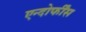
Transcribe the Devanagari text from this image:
एन्दोर्फींस